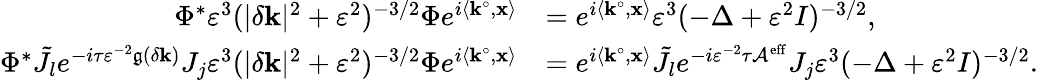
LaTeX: \begin{array}{rl}{\Phi^{*}\varepsilon^{3}(|\delta\mathbf{k}|^{2}+\varepsilon^{2})^{-3/2}\Phi e^{i\left\langle\mathbf{k}^{\circ},\mathbf{x}\right\rangle}}&{=e^{i\left\langle\mathbf{k}^{\circ},\mathbf{x}\right\rangle}\varepsilon^{3}(-\Delta+\varepsilon^{2}I)^{-3/2},}\\ {\Phi^{*}\tilde{J}_{l}e^{-i\tau\varepsilon^{-2}\mathfrak{g}(\delta\mathbf{k})}J_{j}\varepsilon^{3}(|\delta\mathbf{k}|^{2}+\varepsilon^{2})^{-3/2}\Phi e^{i\left\langle\mathbf{k}^{\circ},\mathbf{x}\right\rangle}}&{=e^{i\left\langle\mathbf{k}^{\circ},\mathbf{x}\right\rangle}\tilde{J}_{l}e^{-i\varepsilon^{-2}\tau\mathcal{A}^{\mathrm{eff}}}J_{j}\varepsilon^{3}(-\Delta+\varepsilon^{2}I)^{-3/2}.}\end{array}